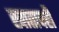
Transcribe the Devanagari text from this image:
खातावही